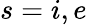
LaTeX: s=i,e